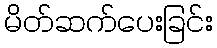
မိတ်ဆက်ပေးခြင်း